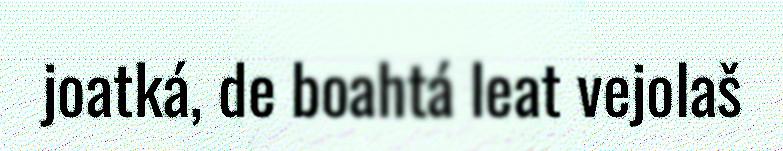
joatká, de boahtá leat vejolaš